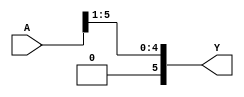
module MOD_DESPLAZAMIENTO_DER(    
    input [5:0] A,
    output [5:0] Y
    );
    
    assign Y[0] = A[1];
    assign Y[1] = A[2];
    assign Y[2] = A[3];
    assign Y[3] = A[4];
    assign Y[4] = A[5];
    assign Y[5] = 0;
    
endmodule